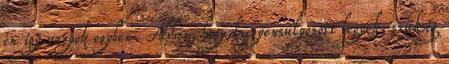
én így vagyok egyben. Ahhoz, hogy kiegyensúlyozott legyek, szükség